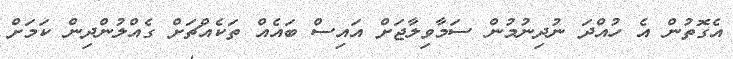
އެގޮތުން އެ ހުއްދަ ނުދިނުމުން ސަމާވިލާޖަށް އައިސް ބައެއް ތަކެއްޗަށް ގެއްލުންދިން ކަމަށް